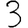
Digit: 3